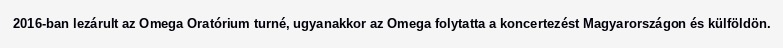
2016-ban lezárult az Omega Oratórium turné, ugyanakkor az Omega folytatta a koncertezést Magyarországon és külföldön.